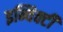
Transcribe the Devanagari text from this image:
इन्विक्टी